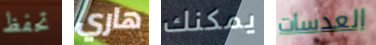
تحفظ هاري يمكنك العدسات